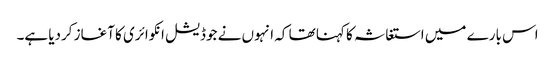
اس بارے میں استغاثہ کا کہنا تھا کہ انہوں نے جوڈیشل انکوائری کا آغاز کردیا ہے۔